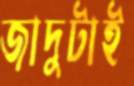
জাদুটাই